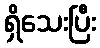
ရှိသေးပြီး